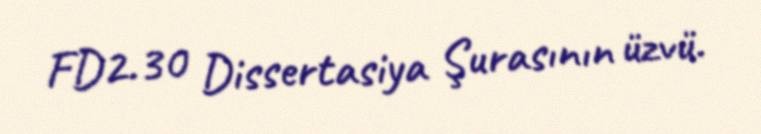
FD2.30 Dissertasiya Şurasının üzvü.